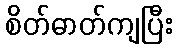
စိတ်ဓာတ်ကျပြီး